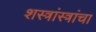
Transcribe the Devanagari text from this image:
शस्त्रांस्त्रांचा